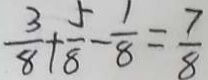
\frac { 3 } { 8 } + \frac { 5 } { 8 } - \frac { 1 } { 8 } = \frac { 7 } { 8 }